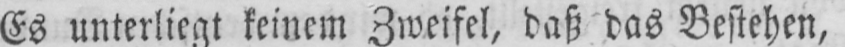
Es unterliegt keinem Zweifel, daß das Bestehen,